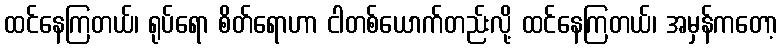
ထင်နေကြတယ်၊ ရုပ်ရော စိတ်ရောဟာ ငါတစ်ယောက်တည်းလို့ ထင်နေကြတယ်၊ အမှန်ကတော့